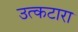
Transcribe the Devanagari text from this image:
उत्कटारा